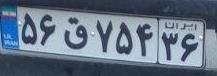
۵۶ق۷۵۴۳۶